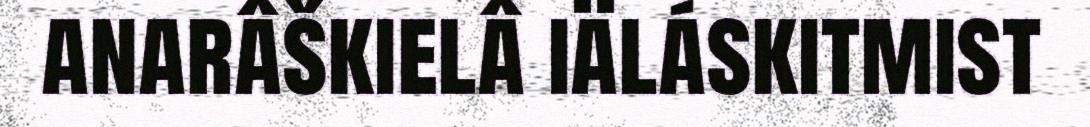
anarâškielâ iäláskitmist